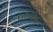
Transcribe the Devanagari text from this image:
विकिमेडिया